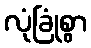
လုံခြုံစွာ